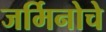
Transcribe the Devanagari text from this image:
जर्मिनोचे